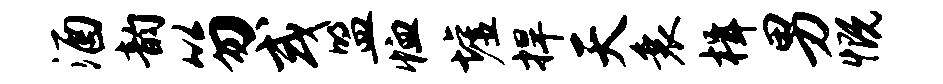
酒韵笏或盟恤墟捍天衰楫男慨